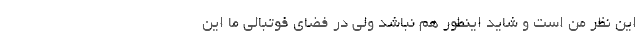
این نظر من است و شاید اینطور هم نباشد ولی در فضای فوتبالی ما این